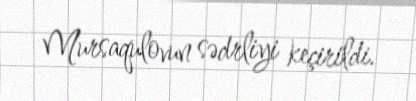
Mursaqulovun sədrliyi keçirildi.